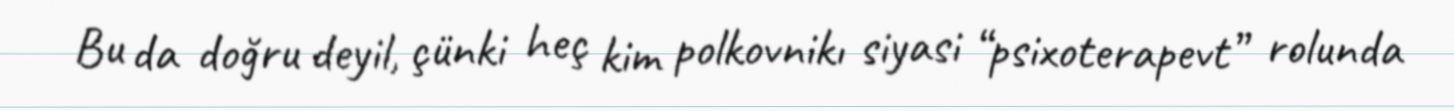
Bu da doğru deyil, çünki heç kim polkovnikı siyasi “psixoterapevt” rolunda